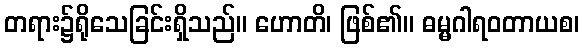
တရား၌ရိုသေခြင်းရှိသည်။ ဟောတိ၊ ဖြစ်၏။ ဓမ္မဂါရဝတာယစ၊